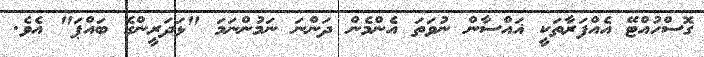
ގޮސްހުއްޓޭ އެއްފަރާތަކީ ޣައްސާން ނުވަތަ އެންމެން ދަންނަ ނަމުންނަމަ "ޅަަދަރީންގެ ބައްޕަ" އެވެ.